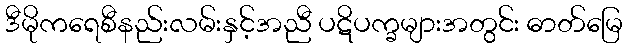
ဒီမိုကရေစီနည်းလမ်းနှင့်အညီ ပဋိပက္ခများအတွင်း ဓာတ်မြေ